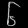
Digit: ၆